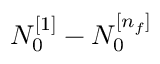
N _ { 0 } ^ { [ 1 ] } - N _ { 0 } ^ { [ n _ { f } ] }